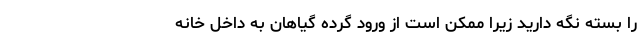
را بسته نگه دارید زیرا ممکن است از ورود گرده گیاهان به داخل خانه